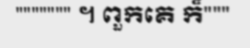
""""""" ។ ពួកគេ ក៏"""